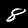
Label: 8